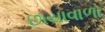
છાયાવાળા